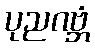
ပုညဂဗ္ဘံ